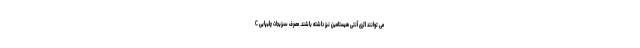
C می توانند اثری آنتی هیستامین نیز داشته باشند. مصرف سبزیجات چلیپایی